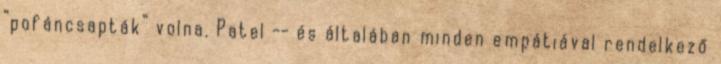
“pofáncsapták” volna. Patel -- és általában minden empátiával rendelkező